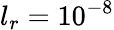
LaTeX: l_{r}=10^{-8}